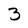
Character: 3